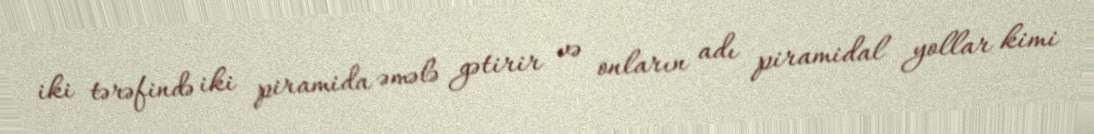
iki tərəfində iki piramida əmələ gətirir və onların adı piramidal yollar kimi